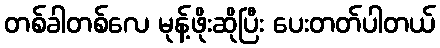
တစ်ခါတစ်လေ မုန့်ဖိုးဆိုပြီး ပေးတတ်ပါတယ်